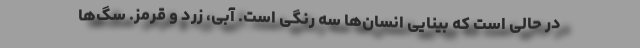
در حالی است که بینایی انسان‌ها سه رنگی است. آبی، زرد و قرمز. سگ‌ها